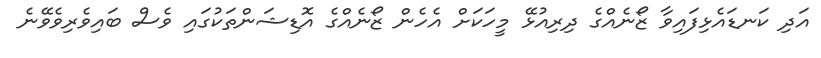
އަދި ކަނޑައެޅިފައިވާ ޒޯނެއްގެ ދިރިއުޅޭ މީހަކަށް އެހެން ޒޯނެއްގެ އޮޑިޝަންތަކުގައި ވެސް ބައިވެރިވެވޭނެ